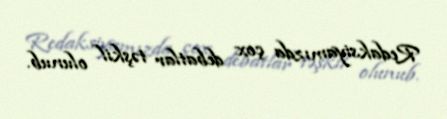
Redaksiyamızda çox debatlar təşkil olunub.